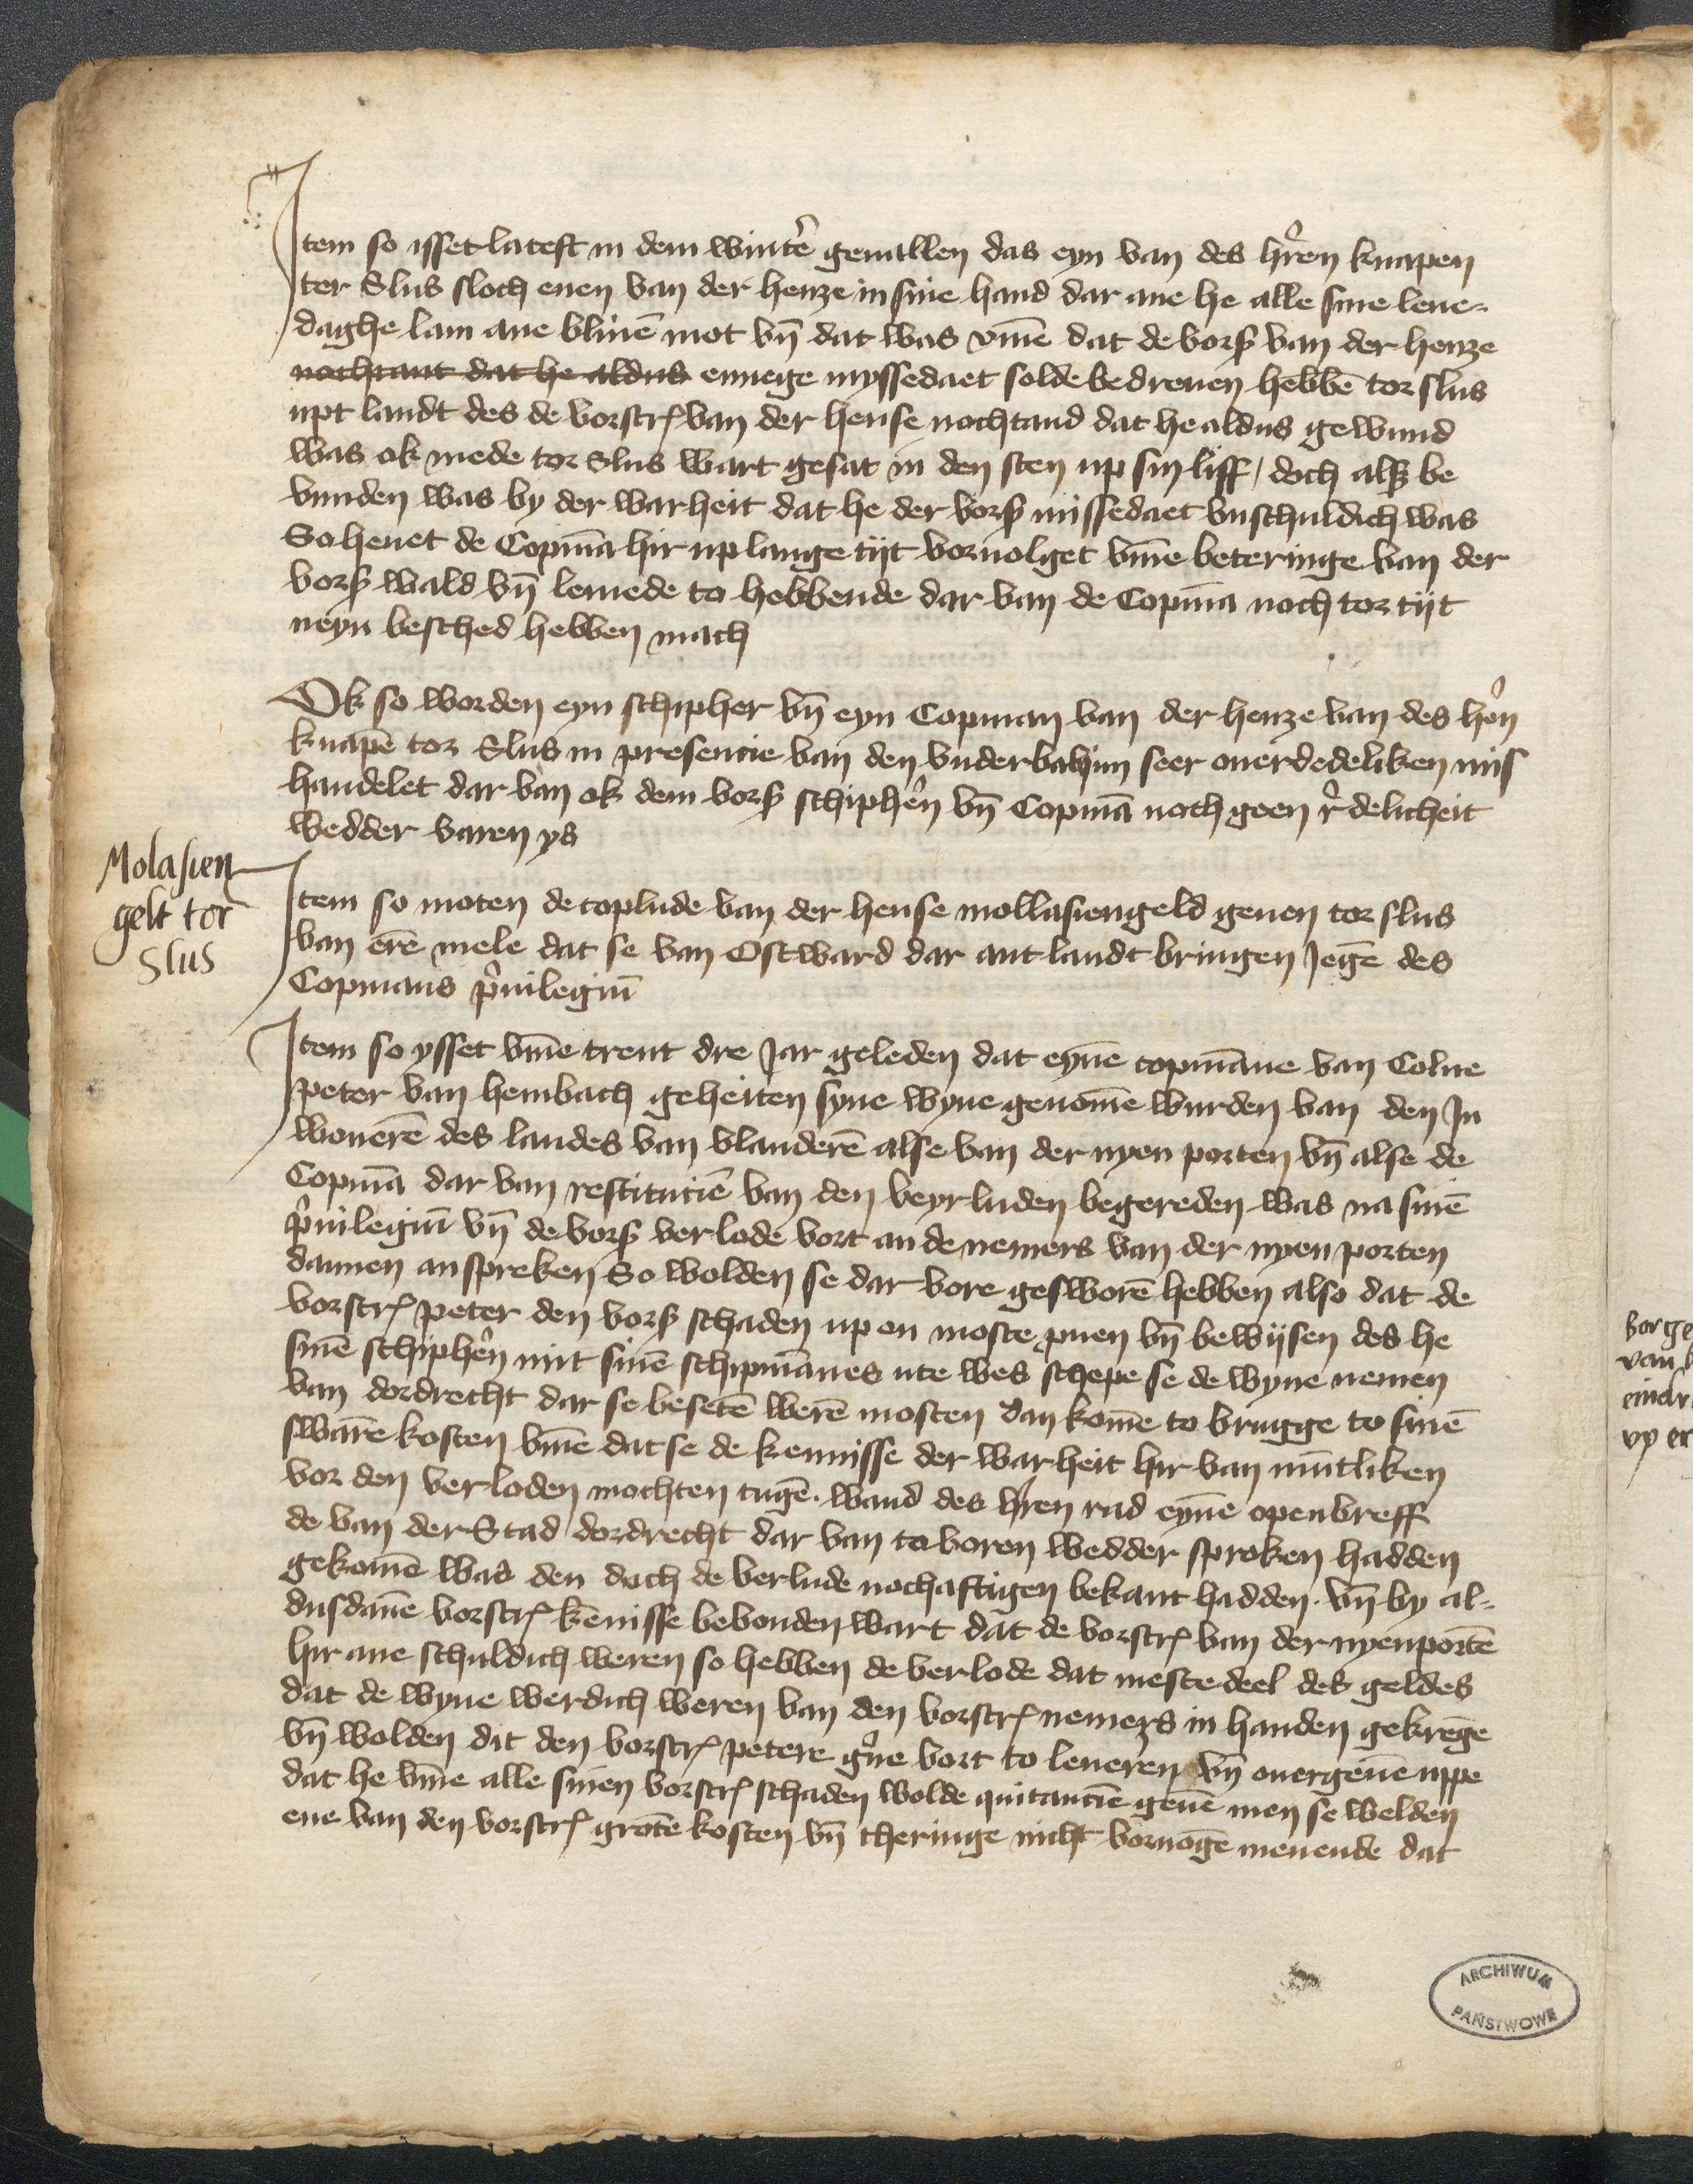
Molasien
gelt tor
Slus

Jtem so isset latest in dem winter geuallen das eyn van des heren knapen
ter Slus sloch enen van der henze in sine hand dar ane he alle sine leue¬
daghe lam ane bliuen mot vnd dat was vmme dat de vorscreuen van der henze
nachtat dat he aldus ennege myssedaet solde bedreuen hebben tor Slus
nyt landt des de vorscreuen van der hense nochtand dat he aldus gewund
was ok mede tor Slus wart gesat in den sten up sin liff, doch als be¬
vunden was by der warheit dat he der vorscreuen missedaet vnschuldich was
So heuet de Copman hir up lange tyt voruolget vmme beteringe van der
vorscreuen wald vnd lemede to hebbende dar van de Copman noch tor tyt
neyn besched hebben mach

Ok so worden eyn schipher vnd eyn Copman van der henze van des heren
knapen tor Slus in presencie van den vndervahim seer ouerdedeliken mis¬
handelet dar van ok dem vorscreuen schipheren vnd Copman noch geen redelicheit
wedder varen ys

Jtem so moten de coplude van der hense mollasiengeld geuen tor slus
van erem mele dat se van Ostward dar ant landt bringen Jegen des
Copmans priuilegium

Jtem so ysset vnme treut dre Jar geleden dat eynen copmanne van Colne
Peter van Hembach geheiten syne wyne genomen wurden van den Jn¬
woneren des landes van Vlanderen alse van der nyen porten vnd alse de
Copman dar van restitucien van den veyr luden begereden was na sinem
priulegium vnd de vorscreuen verlode vort an de nemers van der nyen porten
dannen anspreken So wolden se dar vore gesworen hebben also dat de
vorscreuen Peter den vorscreuen schaden up en moste pernen vn bewysen des he
sinen schipheren mit sinen schipmannes ute wes schepe se de wyne nemen
van Dordrecht dar se beseten weren mosten dan komen to Brugge to sinen
swaren kosten vmme dat se de kennisse der warheit hir van muntliken
vor den verloden mochten tugen wand des heren rad eynen openbreff
de van der Stad Dordrecht dar van to boren wedder sproken hadden
gekomen wad den doch de verlude nochaftigen bekant hadden vnd by al¬
dusdannen vorscreuen kennisse bevonden wart dat de vorscreuen van der nyenporten
hir ane schuldich weren so hebben de verlode dat mestedeel des geldes
dat de wyne werdich weren van den vorscreuen nemers in handen gekregen
vnd wolden dit den vorscreuen Petere gerne vort to leueren vnd ouergeuen vppe
dat he vmme alle sinen vorscreuen schaden wolde quitancien geuen men se welden
ene van den vorscreuen groten kosten vnd theringe nicht vornogen menende dat